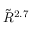
\tilde { R } ^ { 2 . 7 }